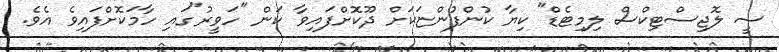
ސީ ލޮޖިސްޓިކްސް ލިމިޓެޑް" ކިޔާ ކުންފުންޏަކަށް ދޫކޮށްފައިވާ ކަން "ހަވީރު"ގައި ހާމަކޮށްފައިވެ އެވެ.